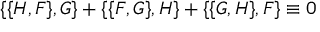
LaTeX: \{ \{ H , F \} , G \} + \{ \{ F , G \} , H \} + \{ \{ G , H \} , F \} \equiv 0